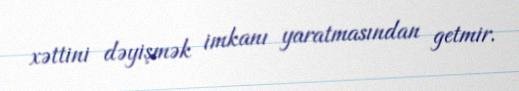
xəttini dəyişmək imkanı yaratmasından getmir.